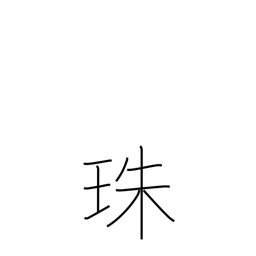
Meaning: pearl